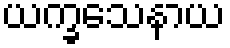
ယက္ခသေနာယ